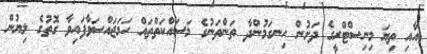
އާއި ތިޔަ މިނިސްޓްރީގެ ދަށުން ހިނގަމުންދާ ތަންތަނުގެ މަސައްކަތްތައް ހަމަޖައްސަވާފައިވާ ގޮތުގެ ލިޔުން